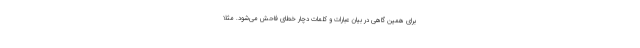
برای همین گاهی در بیان عبارات و کلمات دچار خطای فاحش می‌شود. مثلا